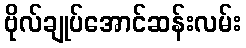
ဗိုလ်ချုပ်အောင်ဆန်းလမ်း